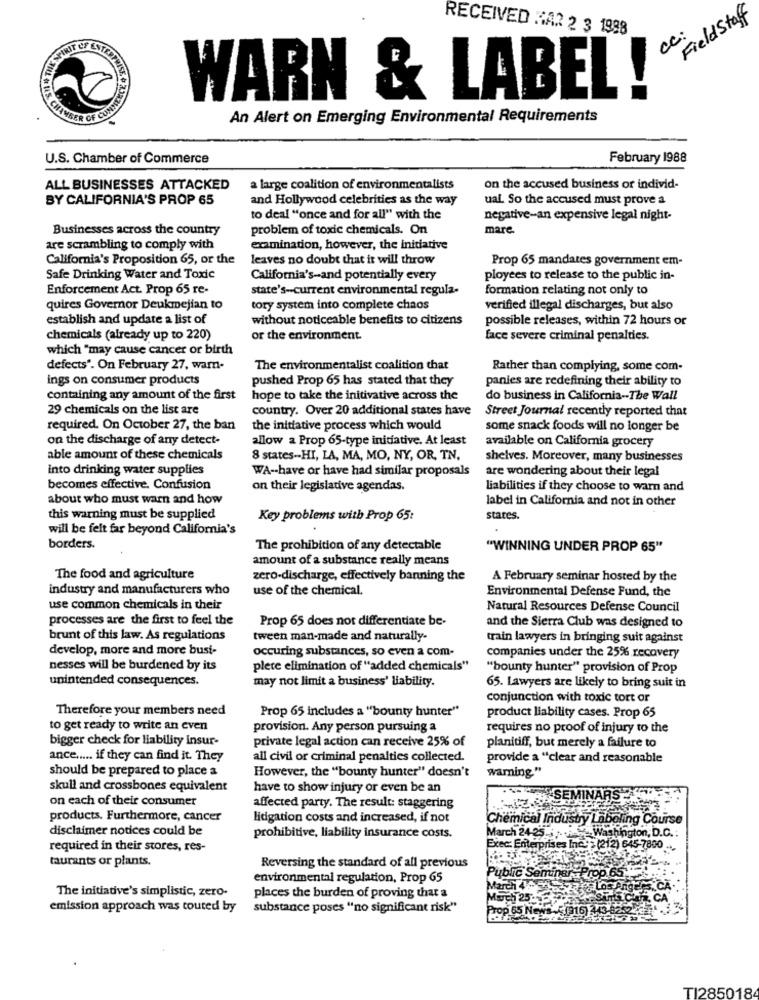
FieldStaff
RECEIVED HAR 2 3 1988
cc:
SPIRIT OF ESTERI
WARN & LABEL!
An Alert on Emerging Environmental Requirements
U.S. Chamber of Commerce
February 1988
ALL BUSINESSES ATTACKED
a large coalition of environmentalists
on the accused business or individ-
BY CALIFORNIA'S PROP 65
and Hollywood celebrities as the way
ual. So the accused must prove a
to deal "once and for all" with the
negative-an expensive legal night-
Businesses across the country
problem of toxic chemicals. On
mare
are scrambling to comply with
examination, however, the initiative
California's Proposition 65, or the
leaves no doubt that it will throw
Prop 65 mandates government em-
Safe Drinking Water and Toxic
California's-and potentially every
ployees to release to the public in-
Enforcement Act. Prop 65 re-
state's -- current environmental regula-
formation relating not only to
quires Governor Deukmejian to
tory system into complete chaos
verified illegal discharges, but also
establish and update a list of
without noticeable benefits to citizens
possible releases, within 72 hours or
chemicals (already up to 220)
or the environment.
face severe criminal penalties.
which "may cause cancer or birth
defects". On February 27, warn.
The environmentalist coalition that
Rather than complying, some com-
ings on consumer products
pushed Prop 65 has stated that they
panies are redefining their ability to
containing any amount of the first
hope to take the initivative across the
do business in California -- The Wall
29 chemicals on the list are
country. Over 20 additional states have
Street Journal recently reported that
required. On October 27, the ban
the initiative process which would
some snack foods will no longer be
on the discharge of any detect-
allow a Prop 65-type initiative. At least
available on California grocery
able amount of these chemicals
8 states -- HI, LA, MA, MO, NY, OR, TN,
shelves. Moreover, many businesses
into drinking water supplies
WA -- have or have had similar proposals
are wondering about their legal
becomes effective. Confusion
on their legislative agendas.
liabilities if they choose to warn and
about who must warn and how
label in California and not in other
this warning must be supplied
Key problems with Prop 65:
stares.
will be felt far beyond California's
borders.
The prohibition of any detectable
"WINNING UNDER PROP 65"
amount of a substance really means
The food and agriculture
zero-discharge, effectively banning the
A February seminar hosted by the
industry and manufacturers who
use of the chemical.
Environmental Defense Fund, the
use common chemicals in their
Natural Resources Defense Council
processes are the first to feel the
Prop 65 does not differentiate be-
and the Sierra Club was designed to
brunt of this law. As regulations
tween man-made and naturally-
train lawyers in bringing suit against
develop, more and more busi-
occuring substances, so even a com-
companies under the 25% recovery
nesses will be burdened by its
plere elimination of "added chemicals"
"bounty hunter" provision of Prop
unintended consequences.
may not limit a business' liability.
65. Lawyers are likely to bring suit in
conjunction with toxic tort or
Therefore your members need
Prop 65 includes a "bounty hunter"
product liability cases. Prop 65
to get ready to write an even
provision. Any person pursuing a
requires no proof of injury to the
bigger check for liability insur-
private legal action can receive 25% of
planitiff, but merely a failure to
ance ..... if they can find it. They
all civil or criminal penalties collected.
provide a "clear and reasonable
should be prepared to place a
However, the "bounty hunter" doesn't
warning"
skull and crossbones equivalent
have to show injury or even be an
on each of their consumer
affected party. The result: staggering
SEMI
products. Furthermore, cancer
litigation costs and increased, if not
Chemical Industry Laboling Course
disclaimer notices could be
March 24-25 .. .... Washington, D.C.
prohibitive, liability insurance costs.
required in their stores, res-
Exec: Enterprises Inc .: (212) 645-7800
taurants or plants.
Reversing the standard of all previous
environmental regulation, Prop 65
Pubic Seminar -Prop.6
The initiative's simplistic, zero-
March 4 th
places the burden of proving that a
Much 25 EX
emission approach was touted by
substance poses "no significant risk"
Prop 65 News.5(916) 243 8252
TI2850184